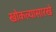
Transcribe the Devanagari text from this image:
खोकल्यासारखे